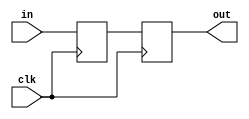
`timescale 1ns / 1ps
//////////////////////////////////////////////////////////////////////////////////
// Company: 
// Engineer: 
// 
// Design Name: 
// Module Name:    delay 
// Project Name: 
// Target Devices: 
// Tool versions: 
// Description: 
//
// Dependencies: 
//
// Revision: 
// Revision 0.01 - File Created
// Additional Comments: 
//
//////////////////////////////////////////////////////////////////////////////////
// pulse synchronizer
module synchronize #(parameter NSYNC = 2, parameter W = 1)  // number of sync flops.  must be >= 2
                   (input clk, input [W-1:0] in,
                    output reg [W-1:0] out);

  reg [(NSYNC-1)*W-1:0] sync;

  always @ (posedge clk)
  begin
    {out,sync} <= {sync[(NSYNC-1)*W-1:0],in};
  end
endmodule